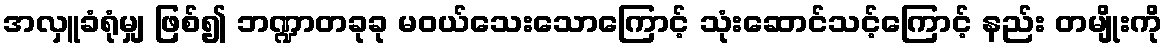
အလှူခံရုံမျှ ဖြစ်၍ ဘဏ္ဍာတခုခု မဝယ်သေးသောကြောင့် သုံးဆောင်သင့်ကြောင့် နည်း တမျိုးကို